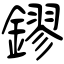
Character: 鏐